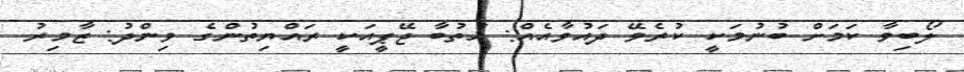
ލޯބިވާ ކަމަށް ބުނުމަކީ ކުރެވޭ ދައުވާއެއް: ޚުތުބާ ޖޭޕީއަކީ ރައްޔިތުންގެ ވިންދު: ޒާމިރު